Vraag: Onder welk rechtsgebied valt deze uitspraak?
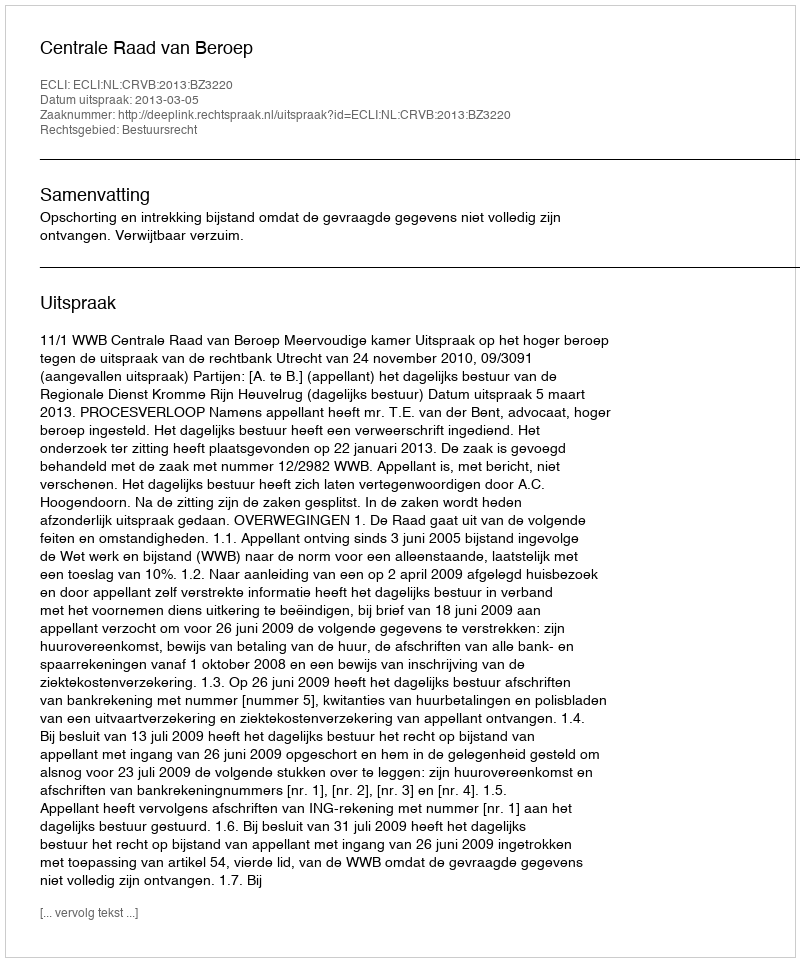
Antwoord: Bestuursrecht